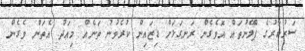
ސަރުކާރުގެ ޕްލޭނުތައް އޮވެގެން ރަނގަޅަށް ޑިޒައިން ކުރެވުނު ތަނެއް މިއަދު އެތަން ވެގެން